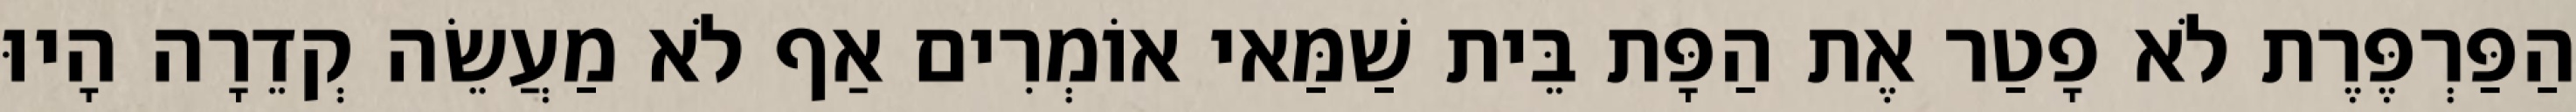
הַפַּרְפֶּרֶת לֹא פָטַר אֶת הַפָּת בֵּית שַׁמַּאי אוֹמְרִים אַף לֹא מַעֲשֵׂה קְדֵרָה הָיוּ